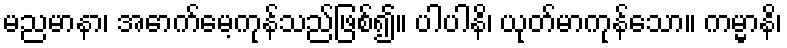
မညမာနာ၊ အောက်မေ့ကုန်သည်ဖြစ်၍။ ပါပါနိ၊ ယုတ်မာကုန်သော။ ကမ္မာနိ၊